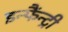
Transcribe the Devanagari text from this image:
इन्फैंन्ट्री